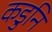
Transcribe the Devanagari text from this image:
कडुनि